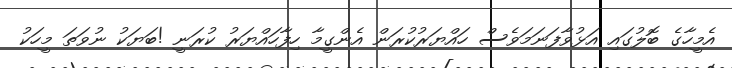
އެމީހާގެ ބޮލުގައި އަޅުވާފަނަމަވެސް ހައްޔަރުކުރަން އެންގީމާ ހިފާހައްޔަރު ކުރަނީ !ބަޔަކު ނުވަތަ މީހަކު